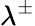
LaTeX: \lambda^{\pm}